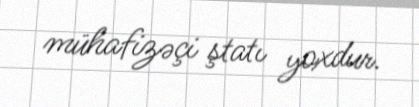
mühafizəçi ştatı yoxdur.